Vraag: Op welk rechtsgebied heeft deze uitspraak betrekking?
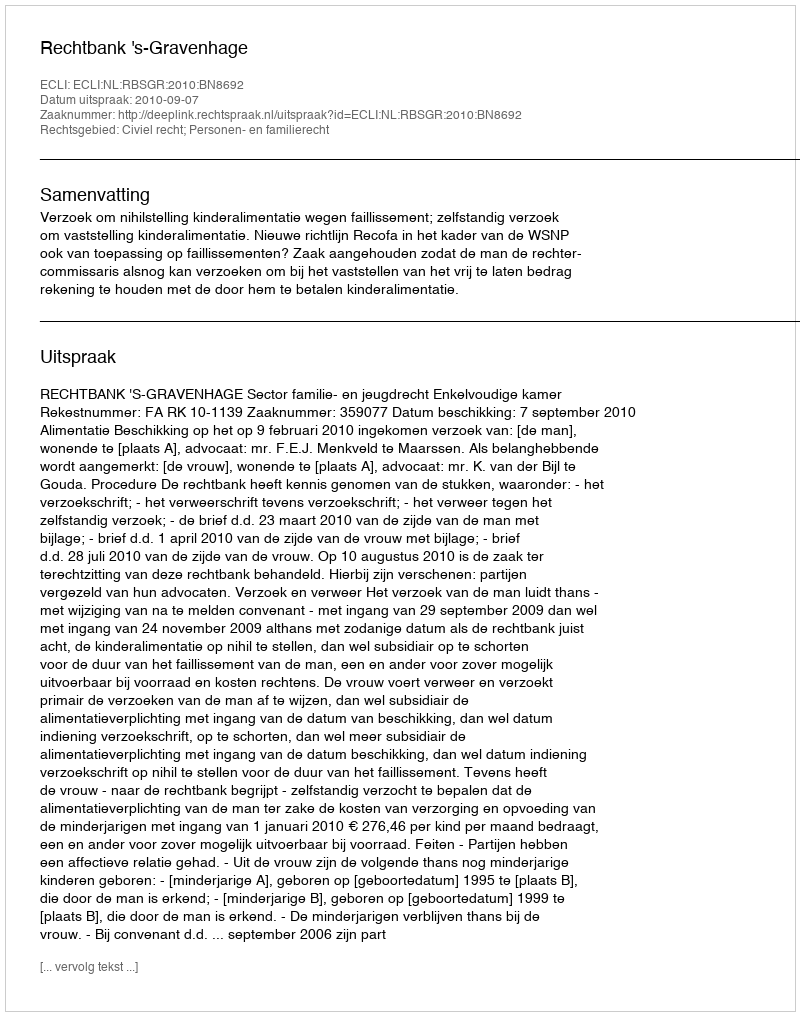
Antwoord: Civiel recht; Personen- en familierecht